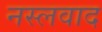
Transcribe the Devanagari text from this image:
नस्‍लवाद